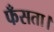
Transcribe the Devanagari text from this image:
फँसता।